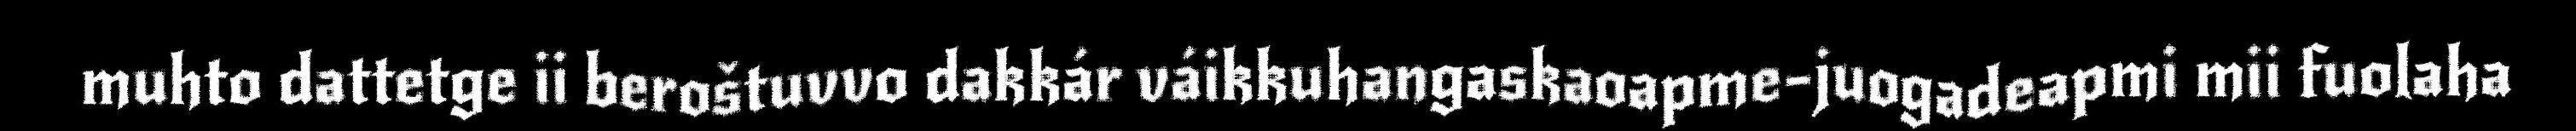
muhto dattetge ii beroštuvvo dakkár váikkuhangaskaoapme-juogadeapmi mii fuolaha